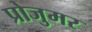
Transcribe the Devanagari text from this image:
प्रोजुमर